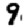
Digit: 9